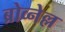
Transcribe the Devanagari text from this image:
ब्रोव्नेल्ल